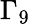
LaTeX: \Gamma_{9}